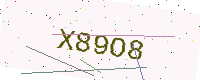
Text: X89O8